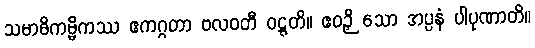
သမာဓိကမ္မိကဿ ဧကဂ္ဂတာ ဗလဝတီ ဝဋ္ဋတိ။ ဧဝဉှိ သော အပ္ပနံ ပါပုဏာတိ။